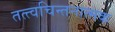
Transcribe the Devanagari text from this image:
तत्त्वचिन्तनात्मक